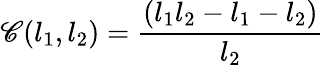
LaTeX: \mathscr{C}(l_{1},l_{2})=\frac{{(l_{1}l_{2}-l_{1}-l_{2})}}{{l_{2}}}